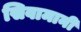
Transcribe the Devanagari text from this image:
सिवामानी